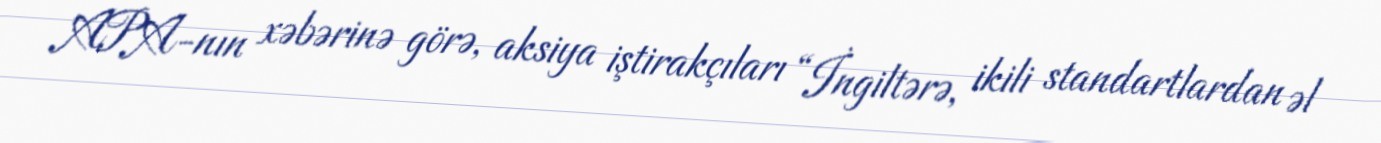
APA-nın xəbərinə görə, aksiya iştirakçıları “İngiltərə, ikili standartlardan əl